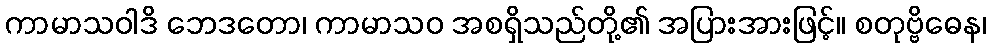
ကာမာသဝါဒိ ဘေဒတော၊ ကာမာသဝ အစရှိသည်တို့၏ အပြားအားဖြင့်။ စတုဗ္ဗိဓေန၊